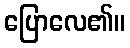
ပြောလေ၏။